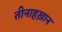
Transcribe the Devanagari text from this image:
तीनाहख़ान